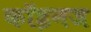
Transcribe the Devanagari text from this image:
कॉइनज